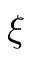
\boldsymbol { \xi }